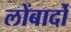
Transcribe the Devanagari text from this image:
लोंबार्दो